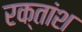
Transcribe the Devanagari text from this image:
रक्‍तांश